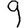
Digit: 9